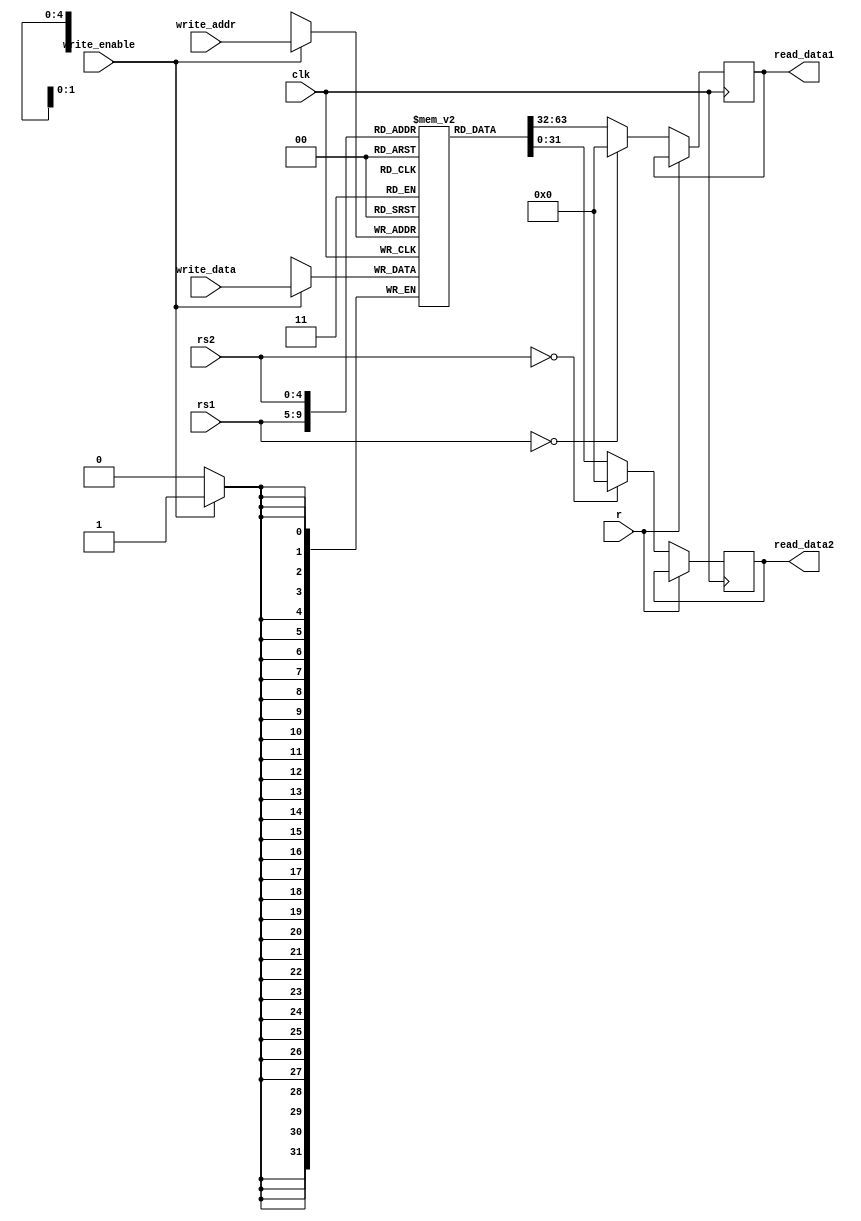
`timescale 1ns / 1ps
module register_file (
    input clk,
    input wire r,
    input wire [4:0] rs1, 
    input wire [4:0] rs2, 
    input wire [4:0] write_addr,
    input wire write_enable,
    input wire [31:0] write_data,
    output reg [31:0] read_data1,
    output reg [31:0] read_data2
);

    localparam REGSIZE = 32;
    localparam NUMREGS = 32;
    reg [REGSIZE-1:0] regs[0:NUMREGS - 1];
    /*
    integer i;
    initial begin
       for (i = 0; i < NUMREGS; i = i + 1) begin
           regs[i] = 0;
       end
    end
    */
    integer i;
    initial begin
       for (i = 0; i < NUMREGS; i = i + 1) begin
           if (i == 1) begin
               regs[i] = 1;
           end
           
           else if (i == 2) begin
               regs[i] = 5;
           end
           
           else begin
               regs[i] = 0;
           end
       end
    end
    
    // Write Operation (positive edge of clk)
    always @(posedge clk) begin
        if (write_enable) begin
            regs[write_addr] <= write_data;
        end
    end

    // Read Operation (negative edge of clk)
    always @(negedge clk) begin
        if (!r) begin
            read_data1 <= (rs1 == 0) ? 32'd0 : regs[rs1];
            read_data2 <= (rs2 == 0) ? 32'd0 : regs[rs2];
        end
    end
endmodule